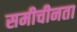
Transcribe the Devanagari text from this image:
समीचीनता